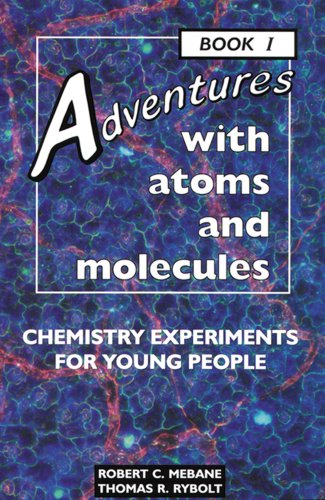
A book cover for Adventures With Atoms and Molecules: Chemistry Experiments for Young People - Book I (Adventures With Science); Robert C. Mebane; Children's Books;